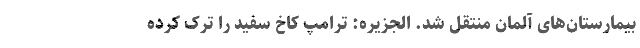
بیمارستان‌های آلمان منتقل شد. الجزیره: ترامپ کاخ سفید را ترک کرده